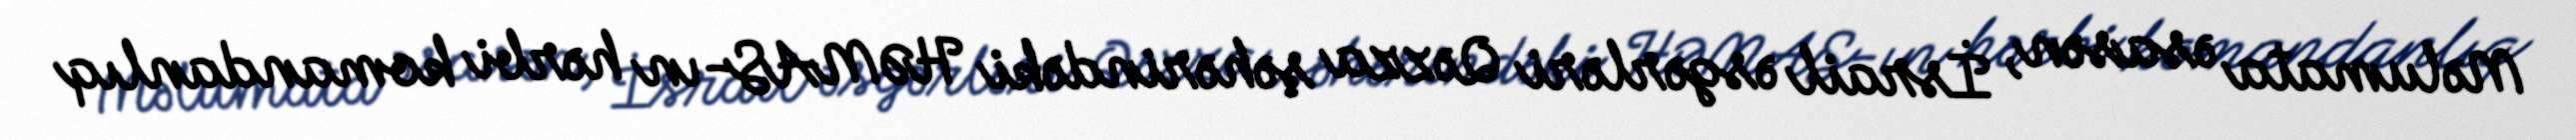
Məlumata əsasən, İsrail əsgərləri Qəzza şəhərindəki HƏMAS-ın hərbi komandanlıq